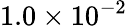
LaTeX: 1.0\times 10^{-2}